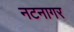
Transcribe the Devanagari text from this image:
नटनागर